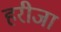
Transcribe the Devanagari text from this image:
हरीजा